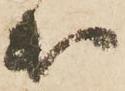
出